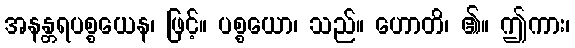
အနန္တရပစ္စယေန၊ ဖြင့်။ ပစ္စယော၊ သည်။ ဟောတိ၊ ၏။ ဤကား၊